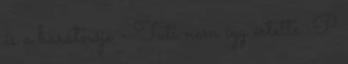
és a barátnője - Tuti nem így értette :P